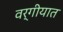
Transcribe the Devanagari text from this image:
वर्गीयात